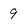
Character: 9